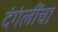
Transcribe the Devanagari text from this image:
दंगंलींचा